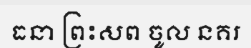
ធនា ព្រះសព ចូល នគរ